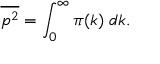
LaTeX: { \overline { { p ^ { 2 } } } } = \int _ { 0 } ^ { \infty } \pi ( k ) \; d k .